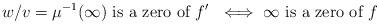
LaTeX: \begin{align*}w/v = \mu^{-1}(\infty) \textrm{ is a zero of $f'$ } \iff \infty \textrm{ is a zero of } f\end{align*}